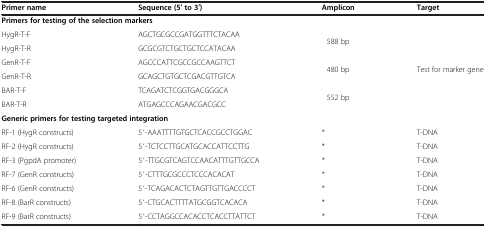
<table><thead><tr><td><b>Primer name</b></td><td><b>Sequence (5′ to 3′)</b></td><td><b>Amplicon</b></td><td><b>Target</b></td></tr></thead><tbody><tr><td colspan="4"><b>Primers for testing of the selection markers</b></td></tr><tr><td>HygR-T-F</td><td>AGCTGCGCCGATGGTTTCTACAA</td><td rowspan="2">588 bp</td><td rowspan="6">Test for marker gene</td></tr><tr><td>HygR-T-R</td><td>GCGCGTCTGCTGCTCCATACAA</td></tr><tr><td>GenR-T-F</td><td>AGCCCATTCGCCGCCAAGTTCT</td><td rowspan="2">480 bp</td></tr><tr><td>GenR-T-R</td><td>GCAGCTGTGCTCGACGTTGTCA</td></tr><tr><td>BAR-T-F</td><td>TCAGATCTCGGTGACGGGCA</td><td rowspan="2">552 bp</td></tr><tr><td>BAR-T-R</td><td>ATGAGCCCAGAACGACGCC</td></tr><tr><td colspan="4"><b>Generic primers for testing targeted integration</b></td></tr><tr><td>RF-1 (HygR constructs)</td><td>5′-AAATTTTGTGCTCACCGCCTGGAC</td><td>*</td><td>T-DNA</td></tr><tr><td>RF-2 (HygR constructs)</td><td>5′-TCTCCTTGCATGCACCATTCCTTG</td><td>*</td><td>T-DNA</td></tr><tr><td>RF-3 (PgpdA promoter)</td><td>5′-TTGCGTCAGTCCAACATTTGTTGCCA</td><td>*</td><td>T-DNA</td></tr><tr><td>RF-7 (GenR constructs)</td><td>5′-CTTTGCGCCCTCCCACACAT</td><td>*</td><td>T-DNA</td></tr><tr><td>RF-6 (GenR constructs)</td><td>5′-TCAGACACTCTAGTTGTTGACCCCT</td><td>*</td><td>T-DNA</td></tr><tr><td>RF-8 (BarR constructs)</td><td>5′-CTGCACTTTTATGCGGTCACACA</td><td>*</td><td>T-DNA</td></tr><tr><td>RF-9 (BarR constructs)</td><td>5′-CCTAGGCCACACCTCACCTTATTCT</td><td>*</td><td>T-DNA</td></tr></tbody></table>